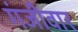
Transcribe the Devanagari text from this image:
गंजीवार